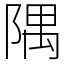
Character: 隅